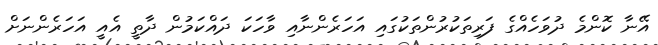
އޭނާ ކޮންމެ ދުވަހެއްގެ ފަރިތަކުރުންތަކުގައި އަހަރެންނާއި ވާހަކަ ދައްކަމުން ދާތީ އެއީ އަހަރެންނަށް